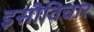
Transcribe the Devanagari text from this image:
इसीविचार